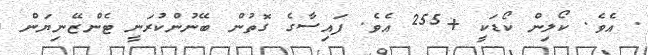
. އެވެ. ކޯލިން ކޯޑަކީ +255 އެވެ. ފައިސާގެ ގޮތުން ބޭނުންކުރަނީ ޓެންޒޭނިޔަން